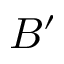
B ^ { \prime }